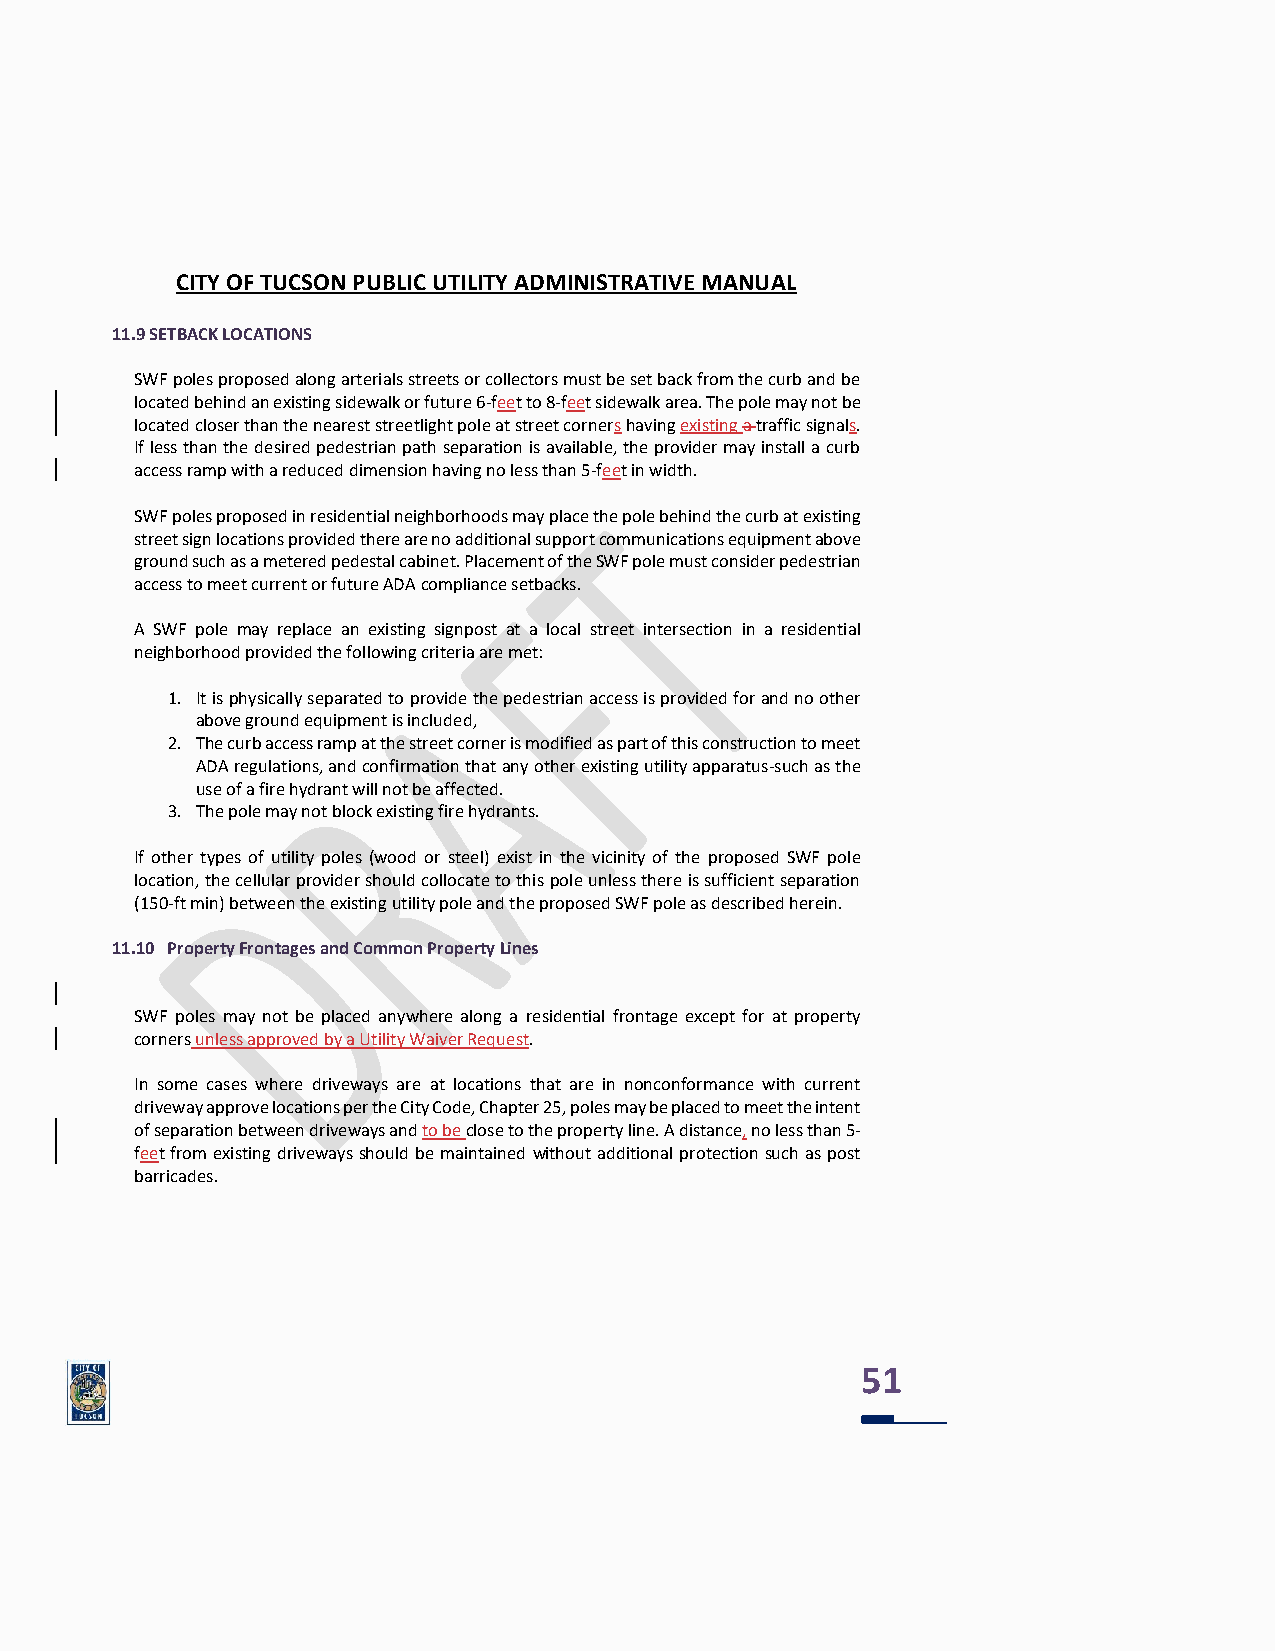
CITY OF TUCSON PUBLIC UTILITY ADMINISTRATIVE MANUAL
 11.9 SETBACK LOCATIONS
 SWF poles proposed along arterials streets or collectors must be set back from the curb and be
 located behind an existing sidewalk or future 6-feet to 8-feet sidewalk area. The pole may not be
 located closer than the nearest streetlight pole at street corners having existing a traffic signals.
 If less than the desired pedestrian path separation is available, the provider may install a curb
 access ramp with a reduced dimension having no less than 5-feet in width.
 SWF poles proposed in residential neighborhoods may place the pole behind the curb at existing
 street sign locations provided there are no additional support communications equipment above
 ground such as a metered pedestal cabinet. Placement of the SWF pole must consider pedestrian
 access to meet current or future ADA compliance setbacks.
 A SWF pole may replace an existing signpost at a local street intersection in a residential
 neighborhood provided the following criteria are met:
 1. It is physically separated to provide the pedestrian access is provided for and no other
 above ground equipment is included,
 2. The curb access ramp at the street corner is modified as part of this construction to meet
 ADA regulations, and confirmation that any other existing utility apparatus-such as the
 use of a fire hydrant will not be affected.
 3. The pole may not block existing fire hydrants.
 If other types of utility poles (wood or steel) exist in the vicinity of the proposed SWF pole
 location, the cellular provider should collocate to this pole unless there is sufficient separation
 (150-ft min) between the existing utility pole and the proposed SWF pole as described herein.
 11.10 Property Frontages and Common Property Lines
 SWF poles may not be placed anywhere along a residential frontage except for at property
 corners unless approved by a Utility Waiver Request.
 In some cases where driveways are at locations that are in nonconformance with current
 driveway approve locations per the City Code, Chapter 25, poles may be placed to meet the intent
 of separation between driveways and to be close to the property line. A distance, no less than 5-
 feet from existing driveways should be maintained without additional protection such as post
 barricades.
 51